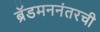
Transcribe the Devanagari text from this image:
ब्रॅडमननंतरची